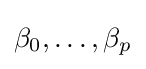
\beta _{0},\ldots ,\beta _{p}